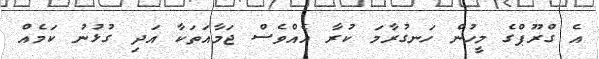
އެ ގްރޫޕްގެ މީހުން ހަނގުރާމަ ކުރާ އެއްވެސް ޖަމާއަތަކާ އަދި ގުޅުނު ކަމެއް